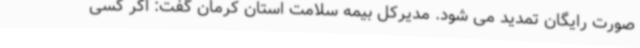
صورت رایگان تمدید می شود. مدیرکل بیمه سلامت استان کرمان گفت: اگر کسی